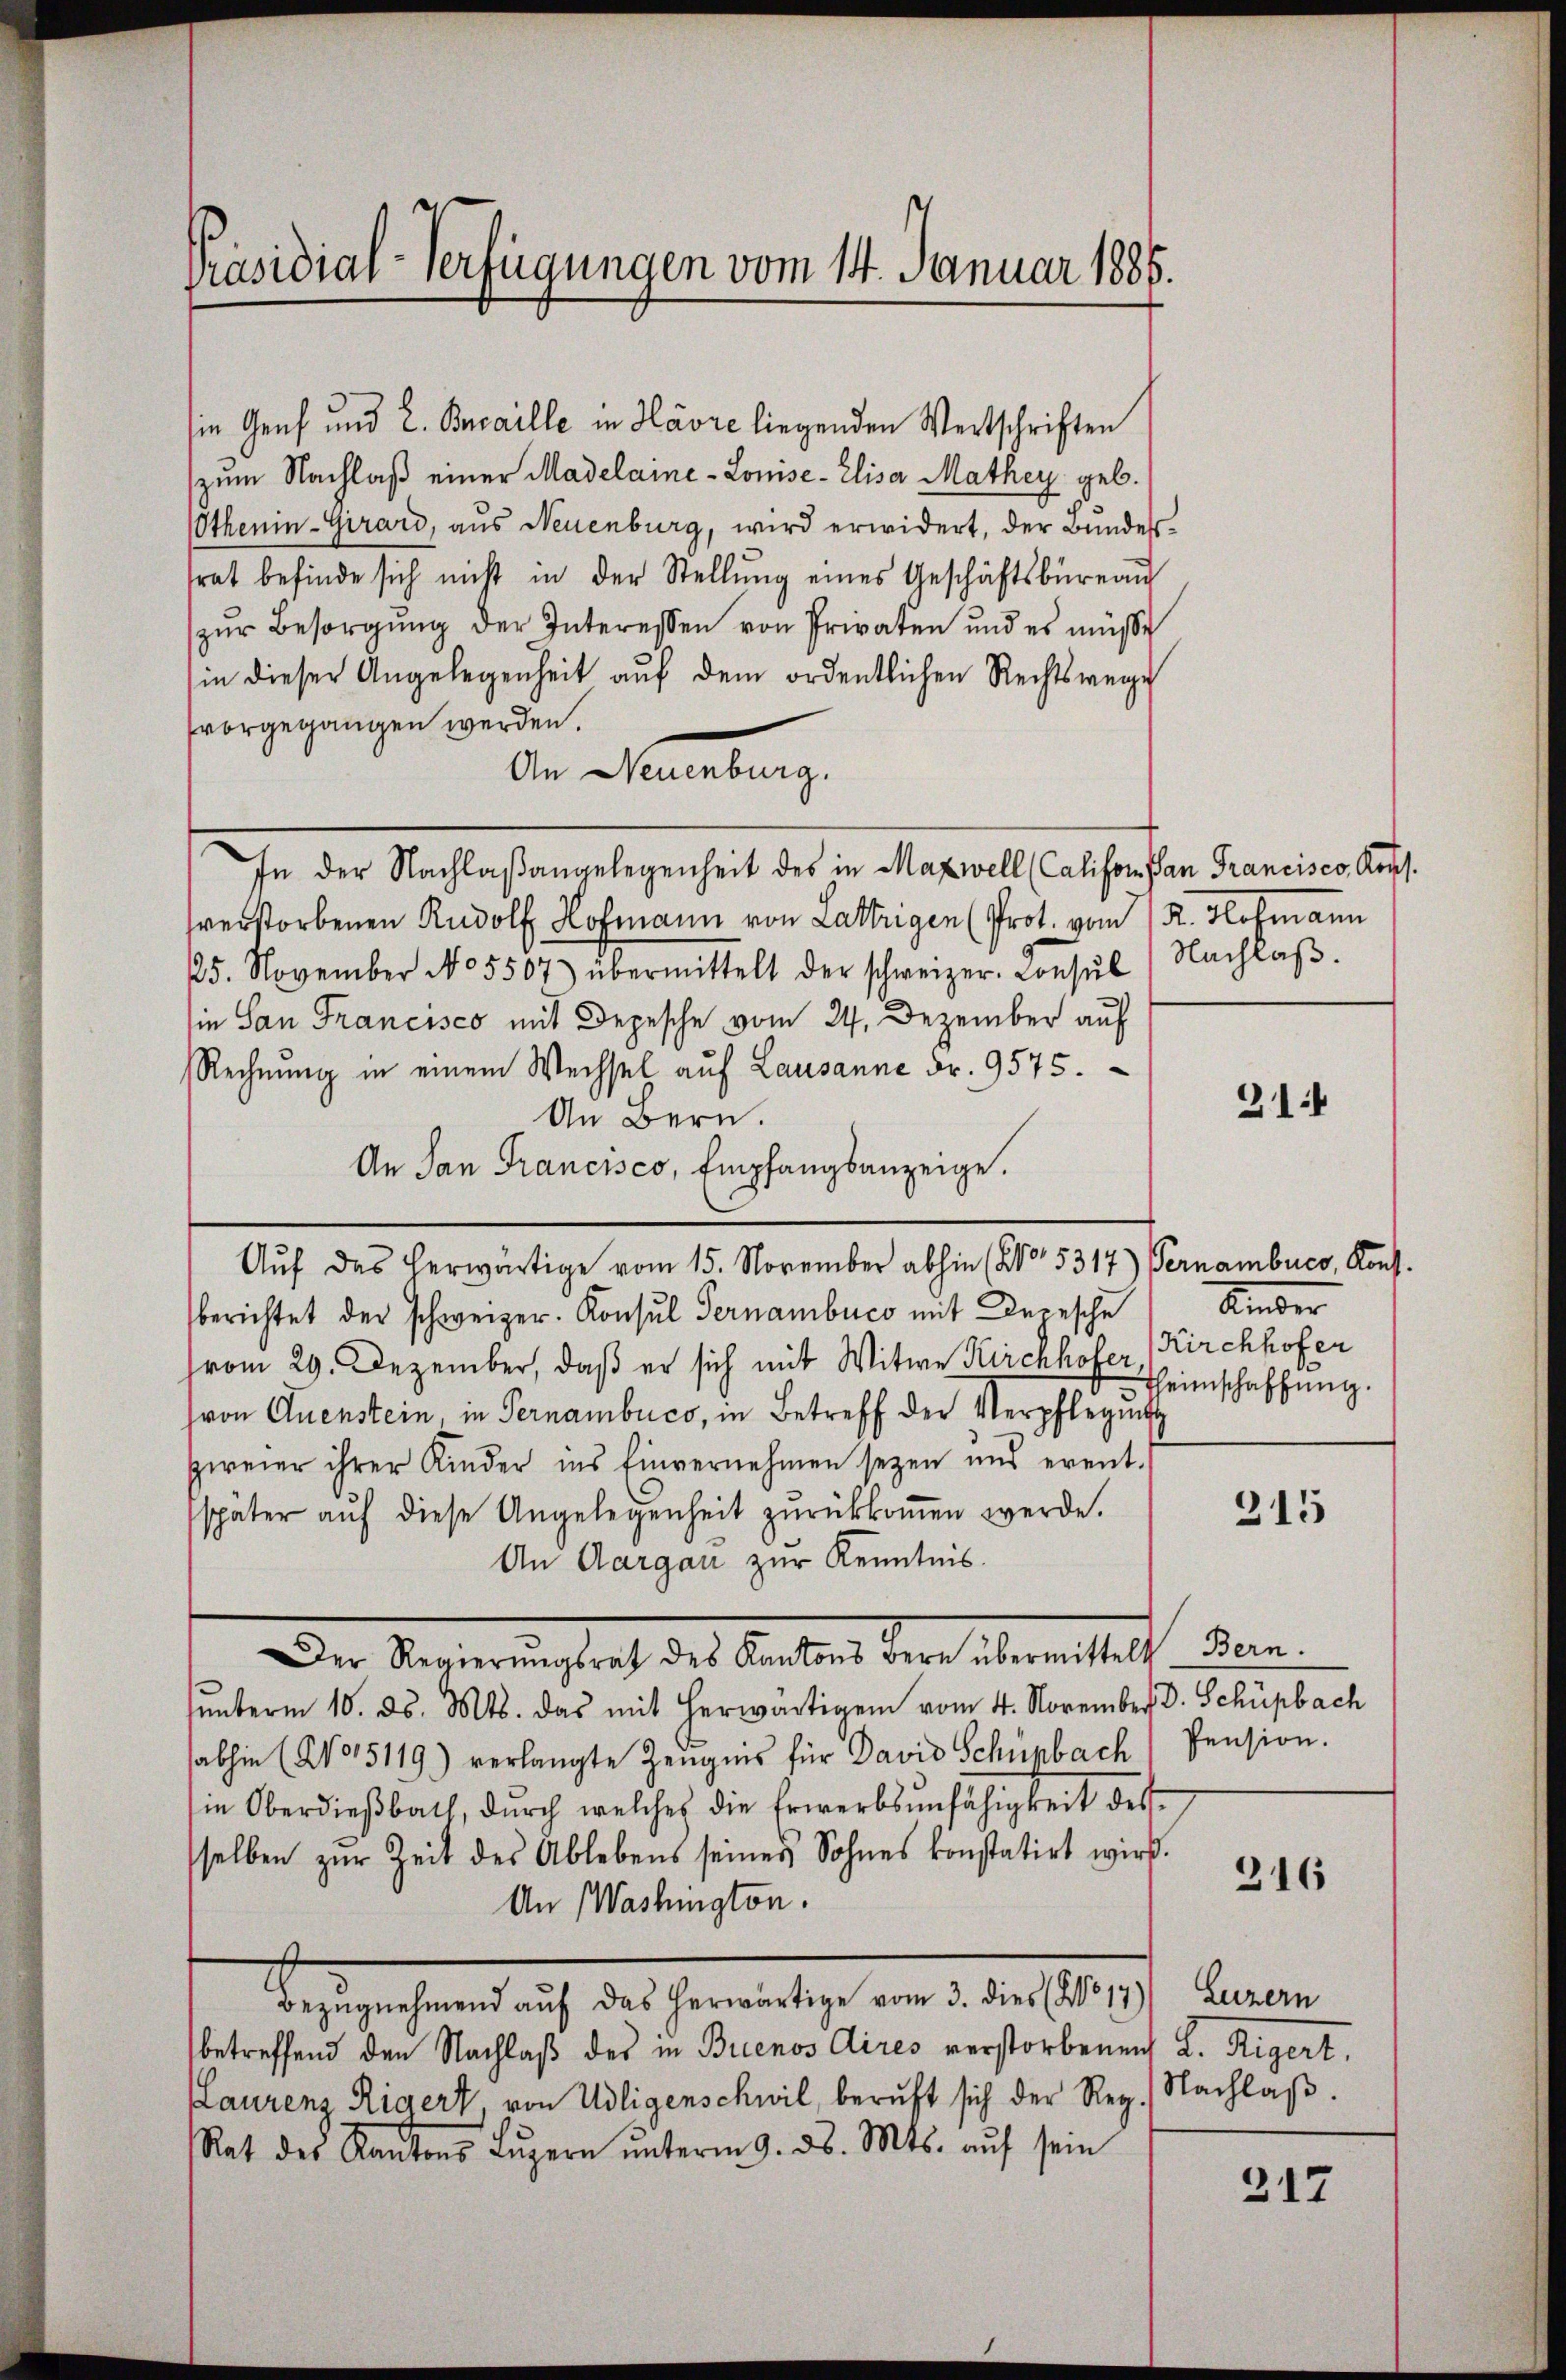
Präsidial-Verfügungen vom 14. Januar 1886.

sie Genf und E. Bncaille in Havre liegenden Wertschriften
(zum Nachlaß einer Madelame-Lonise-Elisa Mathey geb.
OOthenin-Girard, aus Neuenburg, wird erwidert, der Bundestrat befinde sich nicht in der Stellŭng eines Geschäftsbüreau
zŭr Besorgŭng der Interessen von Privaten und es müßt
sin dieser Angelegenheit aŭf dem ordentlichen Rechtswege
vorgegangen werden.
Den Neuenburg.
In der Nachlaßangelegenheit des in Mazwell (Califon an Francisco, Kopf.
sverstorbenen Rudolf Hofmann von Lattrigen (Prot. vom 1 R. Hofmann
25. November No 5507) übermittelt der schweizer. Consŭl) Nachlaβ.
sie San Francisco mit Depesche vom 24. Dezember auf
Rechnung in einem Wechsel auf Lausanne Fr. 9575.
An Bern.
An San Francisco, Empfangsanzeige.
Auf das herwärtige vom 15. November abhin (No. 5317) Vernamburg, Kons.
berichtet der schweizer. Konsul Pernambuco mit Depesche
vom 29. Dezember, daß er sich mit Witwe Kirchhofer Kirchhofer
hron Quenstein, in Pernambuco, in Betreff der Verpflegŭng
zweier ihrer Kinder ins Einvernehmen seyen und event.
später aŭf diese Angelegenheit zŭrückkoṁen werde.
An Aargau zur Kenntnis.
Der Regierungsrath des Aarbeit der alementlich dem
ŭnterm 10. ds. Mts. das mit herwärtigen vom 4. November D. Schüpbach
sabhin (2015119) verlangte Zeŭgnis für David Schünbach Pension.
in Oberdieβbath, dŭrch welches die Erwerbsunfähigkeit des
sselben zŭr Zeit des Ablebens seines Sohnes konstatirt wird.
An Washington.
Sehr gehend auch des hereitig von dem es ist klaren
betreffend den Nachlaß des in Buenos Aires verstorbenen L. Rigert,
Laurenz Rigert, von Udligenschwil, beruft sich der Reg. Nachlaβ.
Rat des Kantons Lŭzern ŭnterm 9. ds. Mts. aŭf sein

31

Amber
Heimschaffung.

215

316

317